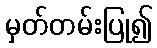
မှတ်တမ်းပြု၍